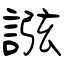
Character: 誸